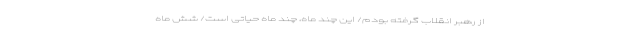
از رهبر انقلاب گرفته بودم/ این چند ماه، چند ماه حیاتی است/ شش ماه